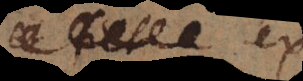
e x